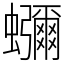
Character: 𮕖